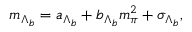
m _ { \Lambda _ { b } } = a _ { \Lambda _ { b } } + b _ { \Lambda _ { b } } m _ { \pi } ^ { 2 } + \sigma _ { \Lambda _ { b } } ,